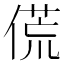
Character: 𬿁